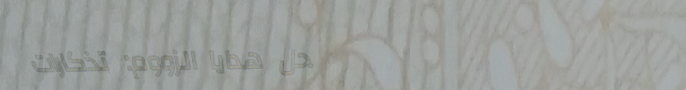
محل هدايا الزووم: تذكارات